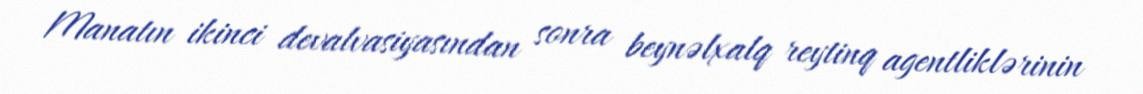
Manatın ikinci devalvasiyasından sonra beynəlxalq reytinq agentliklərinin